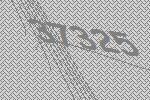
37325